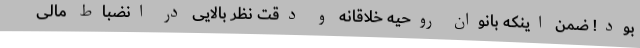
بود! ضمن اینکه بانوان روحیه خلاقانه و دقت نظر بالایی در انضباط مالیِ